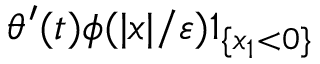
\theta ^ { \prime } ( t ) \phi ( | x | / \varepsilon ) 1 _ { \{ x _ { 1 } < 0 \} }